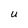
Character: U